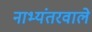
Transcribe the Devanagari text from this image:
नाभ्यंतरवाले